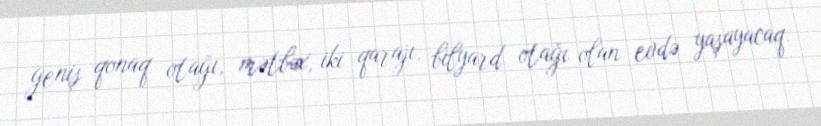
geniş qonaq otağı, mətbəx, iki qarajı, bilyard otağı olan evdə yaşayacaq.